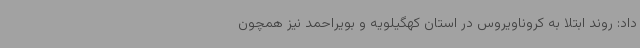
داد: روند ابتلا به کروناویروس در استان کهگیلویه و بویراحمد نیز همچون